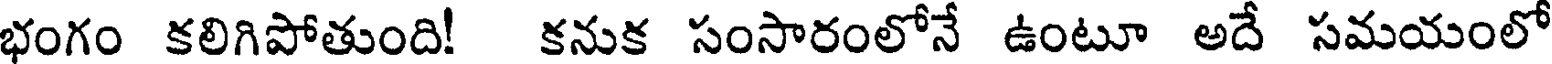
భంగం కలిగిపోతుంది! కనుక సంసారంలోనే ఉంటూ అదే సమయంలో